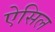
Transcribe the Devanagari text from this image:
ऐसिल